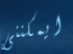
ايمكننى